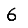
Digit: 6